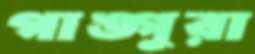
গাঙ্গুরা